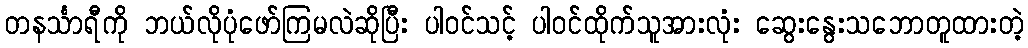
တနင်္သာရီကို ဘယ်လိုပုံဖော်ကြမလဲဆိုပြီး ပါဝင်သင့် ပါဝင်ထိုက်သူအားလုံး ဆွေးနွေးသဘောတူထားတဲ့